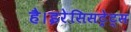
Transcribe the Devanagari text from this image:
है।इरेसिसट्रेट्स